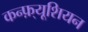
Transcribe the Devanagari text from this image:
कन्फ़्यूशियन